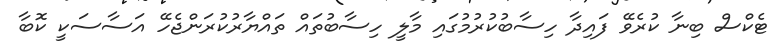
ޓެކްސް ބިނާ ކުރެވޭ ފައިދާ ހިސާބުކުރުމުގައި މާލީ ހިސާބުތައް ތައްޔާރުކުރަންޖެހޭ އަސާސަކީ ކޮބާ